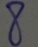
8